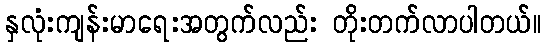
နှလုံးကျန်းမာရေးအတွက်လည်း တိုးတက်လာပါတယ်။